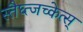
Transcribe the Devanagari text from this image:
स्तैघ्त्जच्केत्स्